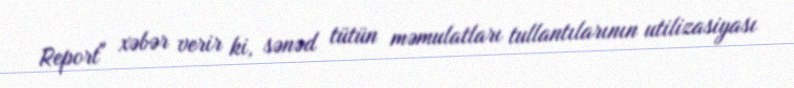
Report" xəbər verir ki, sənəd tütün məmulatları tullantılarının utilizasiyası